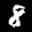
Label: 8